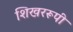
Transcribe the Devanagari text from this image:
शिखररूपी